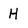
Character: H